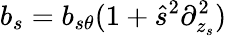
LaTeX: b_{s}=b_{s\theta}(1+\hat{s}^{2}\partial_{z_{s}}^{2})